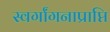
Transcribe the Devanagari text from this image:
स्वर्गांगनाप्राप्ति